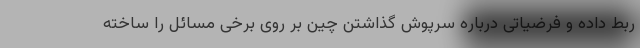
ربط داده و فرضیاتی درباره سرپوش گذاشتن چین بر روی برخی مسائل را ساخته